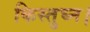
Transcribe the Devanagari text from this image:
किस्तुघ्न।